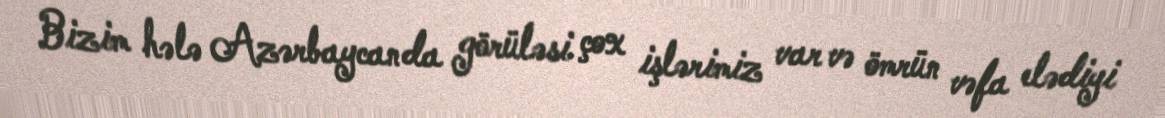
Bizim hələ Azərbaycanda görüləsi çox işlərimiz var və ömrün vəfa elədiyi